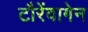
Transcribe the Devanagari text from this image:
टौरेंवागेन